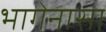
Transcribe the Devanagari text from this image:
भागेनासा